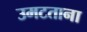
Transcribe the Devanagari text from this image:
उमटताना